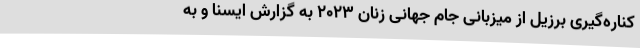
کناره‌گیری برزیل از میزبانی جام جهانی زنان 2023 به گزارش ایسنا و به